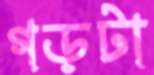
গড়টা